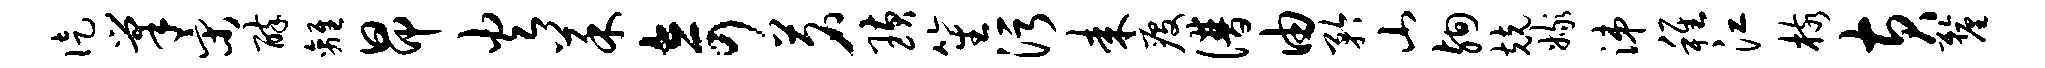
徒巢宋醉离昂火菜奇茗璜笙污耒疫谱由矜山殉兢嫁涕稚江核黄厘